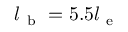
l _ { \mathrm { ~ b ~ } } = 5 . 5 l _ { \mathrm { ~ e ~ } }